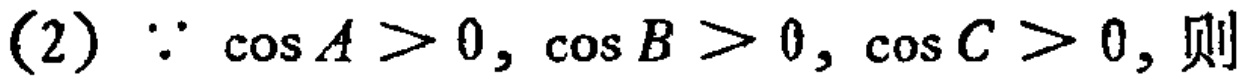
(2) \(\because \cos A>0, \cos B > 0, \cos C>0,\) 则